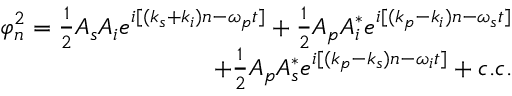
\begin{array} { r } { \varphi _ { n } ^ { 2 } = \frac { 1 } { 2 } A _ { s } A _ { i } e ^ { i [ ( k _ { s } + k _ { i } ) n - \omega _ { p } t ] } + \frac { 1 } { 2 } A _ { p } A _ { i } ^ { * } e ^ { i [ ( k _ { p } - k _ { i } ) n - \omega _ { s } t ] } } \\ { + \frac { 1 } { 2 } A _ { p } A _ { s } ^ { * } e ^ { i [ ( k _ { p } - k _ { s } ) n - \omega _ { i } t ] } + c . c . } \end{array}